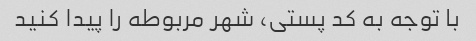
با توجه به کد پستی، شهر مربوطه را پیدا کنید